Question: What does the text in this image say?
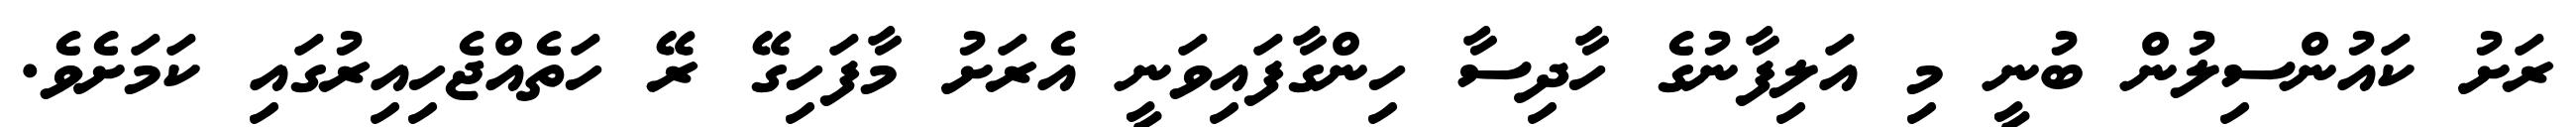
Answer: ރަށު ކައުންސިލުން ބުނީ މި އަލިފާނުގެ ހާދިސާ ހިންގާފައިވަނީ އެރަށު މާފަހިގޭ ރޭ ހަތެއްޖެހިއިރުގައި ކަމަށެވެ.